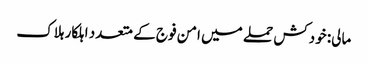
مالی: خودکش حملے میں امن فوج کے متعدد اہلکار ہلاک